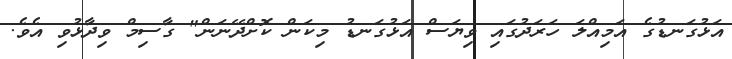
އަޅުގަނޑުގެ އަމިއްލަ ހަރަދުގައި ވިޔަސް އަޅުގަނޑު މިކަން ކޮށްދޭނަން" ގާސިމް ވިދާޅުވި އެވެ.